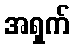
အရှက်